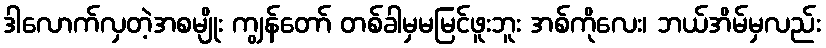
ဒါလောက်လှတဲ့အစမျိုး ကျွန်တော် တစ်ခါမှမမြင်ဖူးဘူး အစ်ကိုလေး၊ ဘယ်အိမ်မှလည်း